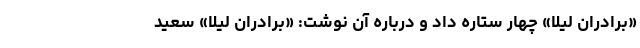
«برادران لیلا» چهار ستاره داد و درباره آن نوشت: «برادران لیلا» سعید